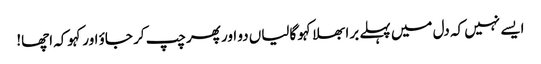
ایسے نہیں کہ دل میں پہلے برا بھلا کہو گالیاں دو اور پھر چپ کر جاؤ اور کہوکہ اچھا!